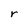
Character: r